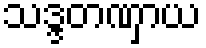
သဒ္ဒတဏှာယ